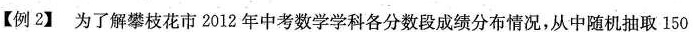
【例2】为了解攀枝花市 2012 年中考数学学科各分数段成绩分布情况，从中随机抽取 150